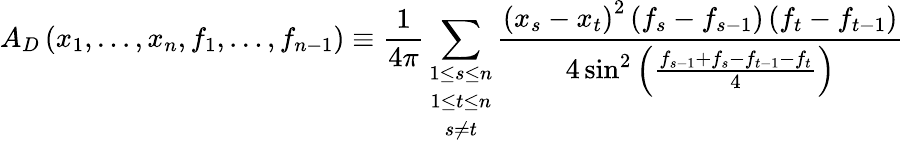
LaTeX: A_{D}\left(x_{1},\ldots,x_{n},f_{1},\ldots,f_{n-1}\right)\equiv\frac{1}{4\pi}\sum_{\begin{array}{c}{{1\leq s\leq n}}\\ {{1\leq t\leq n}}\\ {{s\neq t}}\end{array}}\frac{\left(x_{s}-x_{t}\right)^{2}\left(f_{s}-f_{s-1}\right)\left(f_{t}-f_{t-1}\right)}{4\sin^{2}\left(\frac{f_{s-1}+f_{s}-f_{t-1}-f_{t}}{4}\right)}